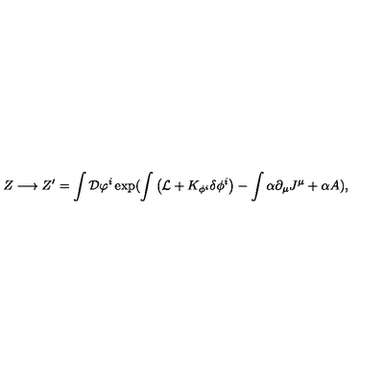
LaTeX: Z \longrightarrow Z ^ { \prime } = \int { \cal D } \varphi ^ { i } \exp ( \int \big ( { \cal L } + K _ { \phi ^ { i } } \delta \phi ^ { i } \big ) - \int \alpha \partial _ { \mu } J ^ { \mu } + \alpha { \sl A } ) ,